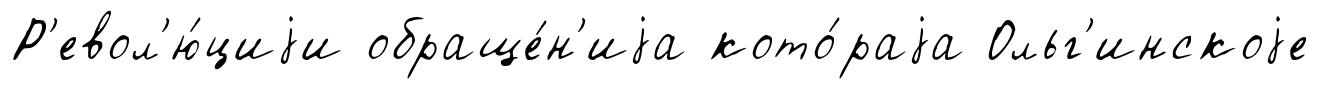
Р'евол'ю́циjи обраще́н'иjа кото́раjа Ольг'инскоjе